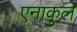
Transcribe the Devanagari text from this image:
एनाकुल